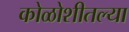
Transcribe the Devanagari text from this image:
कोळोशीतल्या